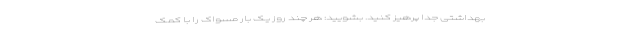
بهداشتی جدا پرهیز کنید. بشویید: هر چند روز یک‌ بار مسواک را با کمک